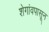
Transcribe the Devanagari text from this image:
शेगांवपासून